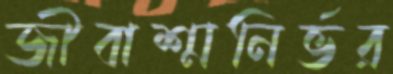
জীবাশ্মনির্ভর